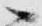
候